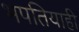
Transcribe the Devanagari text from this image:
भपतियाही